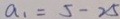
a _ { 1 } = 5 - 2 5